Civil Veterinary Dept. Bombay admin report 1914-1922 - 1914-1922
Year: 1914
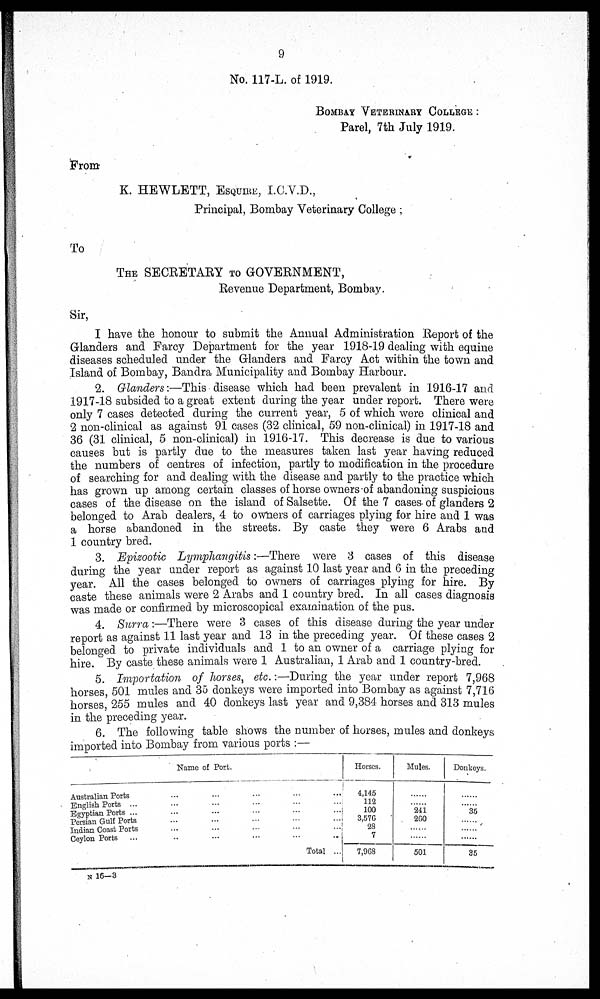
9
No. 117-L. of 1919.
BOMBAY VETERINARY COLLEGE :
Parel, 7th July 1919.
From
K. HEWLETT, ESQUIRE, I.C.V.D.,
Principal, Bombay Veterinary College ;
To
THE SECRETARY TO GOVERNMENT,
Revenue Department, Bombay.
Sir,
I have the honour to submit the Annual Administration Report of the
Glanders and Farcy Department for the year 1918-19 dealing with equine
diseases scheduled under the Glanders and Farcy Act within the town and
Island of Bombay, Bandra Municipality and Bombay Harbour.
2. Glanders:—This disease which had been prevalent in 1916-17 and
1917-18 subsided to a great extent during the year under report. There were
only 7 cases detected during the current year, 5 of which were clinical and
2 non-clinical as against 91 cases (32 clinical, 59 non-clinical) in 1917-18 and
36 (31 clinical, 5 non-clinical) in 1916-17. This decrease is due to various
causes but is partly due to the measures taken last year having reduced
the numbers of centres of infection, partly to modification in the procedure
of searching for and dealing with the disease and partly to the practice which
has grown up among certain classes of horse owners of abandoning suspicious
cases of the disease on the island of Salsette. Of the 7 cases of glanders 2
belonged to Arab dealers, 4 to owners of carriages plying for hire and 1 was
a horse abandoned in the streets. By caste they were 6 Arabs and
1 country bred.
3. Epizootic Lymphangitis:—There
were 3 cases of this disease
during the year under report as against 10 last year and 6 in the preceding
year. All the cases belonged to owners of carriages plying for hire. By
caste these animals were 2 Arabs and 1 country bred. In all cases diagnosis
was made or confirmed by microscopical examination of the pus.
4. Surra:—There
were 3 cases of this disease during the year under
report as against 11 last year and 13 in the preceding year. Of these cases 2
belonged to private individuals and 1 to an owner of a carriage plying for
hire. By caste these animals were 1 Australian, 1 Arab and 1 country-bred.
5. Importation
of horses, etc.:—During the year under report 7,968
horses, 501 mules and 35 donkeys were imported into Bombay as against 7,716
horses, 255 mules and 40 donkeys last year and 9,384 horses and 313 mules
in the preceding year.
6. The following table shows the number of horses, mules and donkeys
imported into Bombay from various ports :—
Name of Port.
Australian Ports ... ... ... ... ...
English Ports ... ... ... ... ... ...
Egyptian Ports ... ... ... ... ... ...
Persian Gulf Ports ... ... ... ... ...
Indian Coast Ports ... ... ... ... ...
Ceylon Ports ... ... ... ... ... ...
Total ...
Horses.
4,145
112
100
3,576
28
7
7,968
Mules.
......
......
241
260
......
......
501
Donkeys.
......
......
35
......
......
......
35
N 16—3